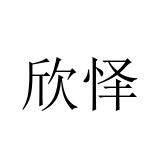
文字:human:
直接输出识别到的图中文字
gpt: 欣怿